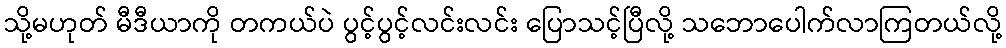
သို့မဟုတ် မီဒီယာကို တကယ်ပဲ ပွင့်ပွင့်လင်းလင်း ပြောသင့်ပြီလို့ သဘောပေါက်လာကြတယ်လို့